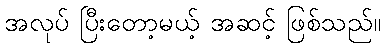
အလုပ် ပြီးတော့မယ့် အဆင့် ဖြစ်သည်။